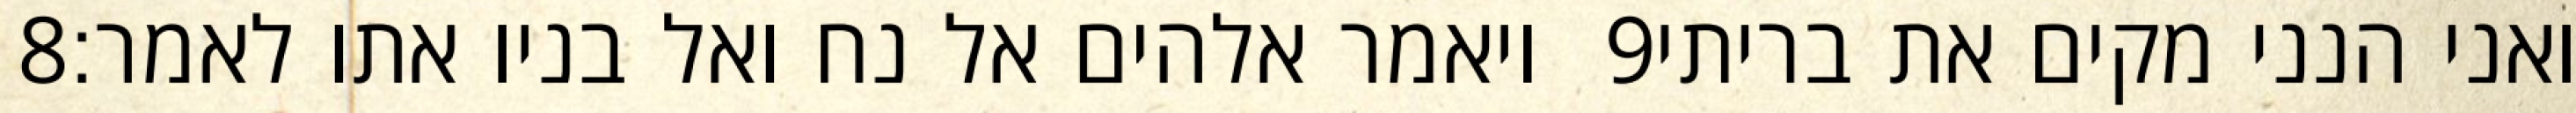
‎8‏ ויאמר אלהים אל נח ואל בניו אתו לאמר׃ ‎9‏ ואני הנני מקים את בריתי